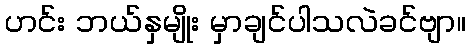
ဟင်း ဘယ်နှမျိုး မှာချင်ပါသလဲခင်ဗျာ။